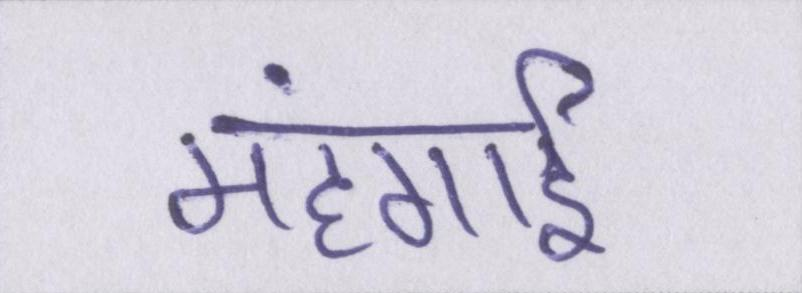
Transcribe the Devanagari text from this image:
महंगार्इ